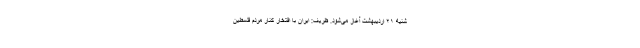
شنیه ۲۱ اردیبهشت آغاز می‌شود. ظریف: ایران با افتخار کنار مردم فلسطین